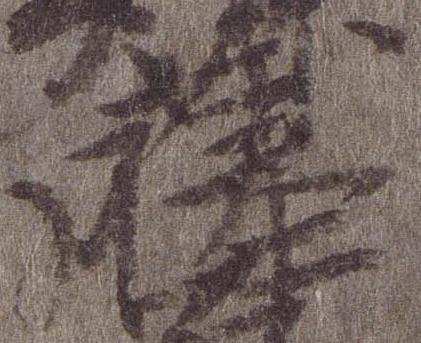
藤